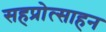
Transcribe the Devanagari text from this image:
सहप्रोत्साहन